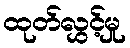
ထုတ်လွှင့်မှု